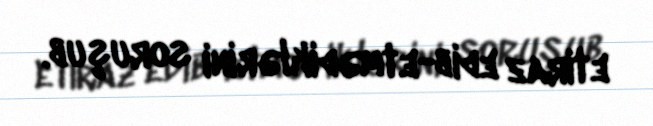
etiraz edib-etmədiklərini soruşub.